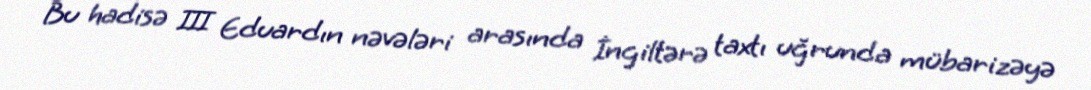
Bu hadisə III Eduardın nəvələri arasında İngiltərə taxtı uğrunda mübarizəyə